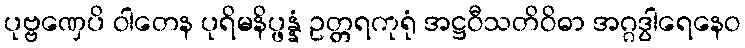
ပုဗ္ဗဏှေပိ ဝါတေန ပုရိမနိပ္ဖန္နံ ဥတ္တရကုရုံ အဋ္ဌဝီသတိဝိဓာ အဂ္ဂဒွါရေနေဝ